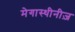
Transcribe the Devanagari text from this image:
मेगास्थीनीज़